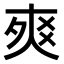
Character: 𤕡